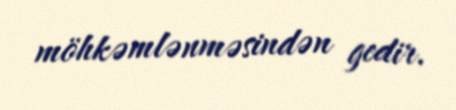
möhkəmlənməsindən gedir.